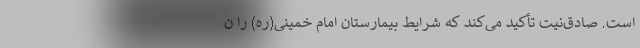
است. صادق‌نیت تأکید می‌کند که شرایط بیمارستان امام خمینی(ره) را ن